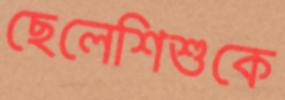
ছেলেশিশুকে